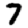
Digit: 7